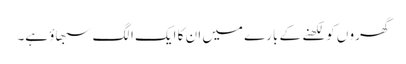
گھرو ں کو لکھنے کے بارے میں ان کا ایک الگ سبھاؤ ہے۔